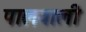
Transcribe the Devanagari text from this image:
पालवाली